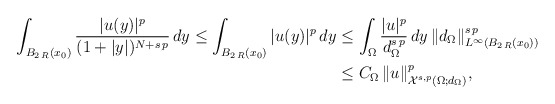
\begin{align*}\int_{B_{2\,R}(x_0)} \frac{|u(y)|^p}{(1+|y|)^{N+s\,p}}\,dy\le \int_{B_{2\,R}(x_0)} |u(y)|^p\,dy&\le \int_{\Omega} \frac{|u|^p}{d_\Omega^{s\,p}}\,dy\,\|d_\Omega\|^{s\,p}_{L^\infty(B_{2\,R}(x_0))}\\&\le C_\Omega\,\|u\|^p_{\mathcal{X}^{s,p}(\Omega;d_\Omega)},\end{align*}